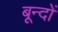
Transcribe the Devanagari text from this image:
बून्दों